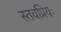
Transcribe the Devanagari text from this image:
स्तवप्रियः